Report of the Municipal Commissioner on the plague in Bombay for the year ending 31st May... - Volume 1
Disease focus: Plague
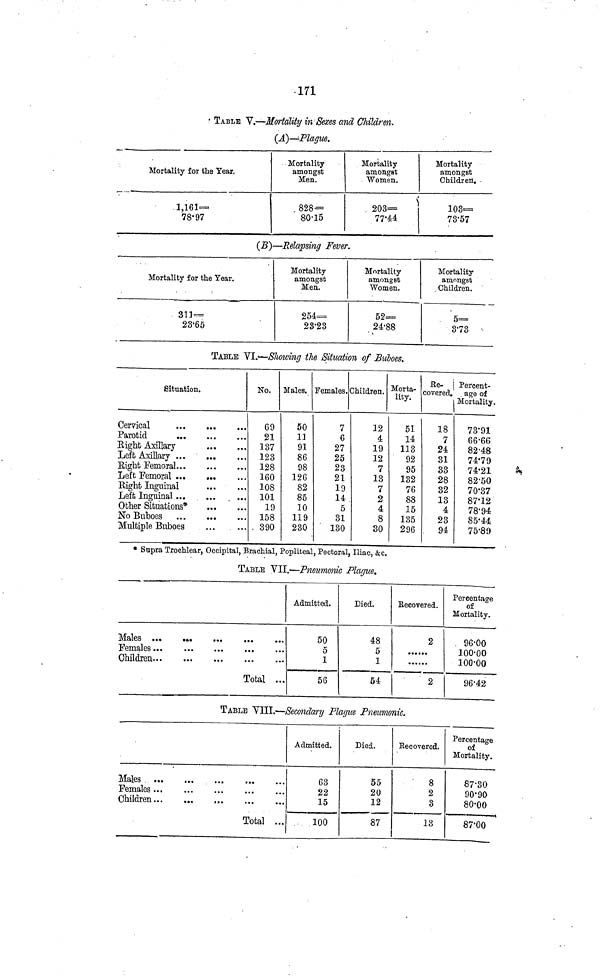
171
TABLE V.—Mortality in Sexes and Children.
(A)—Plague.
Mortality for the Year.
1,161
7897
Mortality
amongst
Men.
828=
80·15
Mortality
amongst
Women.
203=
77·44
Mortality
amongst
Children.
103=
73·57
(B)—Relapsing Fever.
Mortality for the Year.
311 =
23·65
Mortality
amongst
Men.
254=
23·23
Mortality
amongst
Women.
52=
24·88
Mortality
amongst
Children.
5=
3·73
TABLE VI.—Showing the Situation of Buboes.
Situation.
Cervical
Parotid
Eight
Axillary
Left Axillary
Eight
Femoral
Left
Femoral
Right
Inguinal
Left Inguinal
Other Situations*
No Buboes
Multiple Buboes
No.
69
21
137
123
128
160
108
101
19
158
390
Males.
50
11
91
86
98
126
82
85
10
119
230
Females. (
7
6
27
25
23
21
19
14
5
31
130
Children.
12
4
19
12
7
13
7
2
4
8
30
Morta-
lity.
51
14
113
92
95
132
76
88
15
135
296
Re-
covered.
18
7
24
31
33
28
32
13
4
23
94
Percent-
age of
Mortality.
73·91
66·66
82·48
74·79
74·21
82·50
70·37
87·12
78·94
85·44
75·89
* Supra Trochlear, Occipital, Brachial, Popliteal, Pectoral, Iliac, &c.
TABLE VII.—Pneumonic Plague.
Females
Children
Total
Admitted.
50
5
1
56
Died.
48
5
1
54
Recovered.
2
2
Percentage
of
Mortality.
96·00
100·00
100·00
96·42
TABLE VIII.-—Secondary Plague Pneumonic.
Females
Children
Total
Admitted.
63
22
15
100
Died.
55
20
12
87
Recovered.
8
2
3
13
Percentage
of
Mortality.
87·30
90·90
80·00
87·00